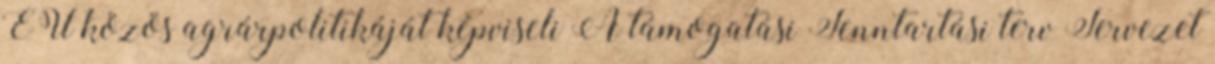
EU közös agrárpolitikáját képviseli A támogatási Fenntartási terv Tervezet